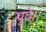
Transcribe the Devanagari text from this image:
पुढे।।